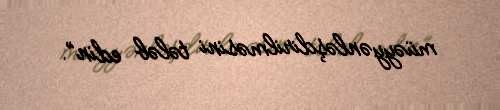
müəyyənləşdirilməsini tələb edin”.